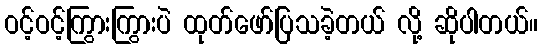
ဝင့်ဝင့်ကြွားကြွားပဲ ထုတ်ဖော်ပြသခဲ့တယ် လို့ ဆိုပါတယ်။